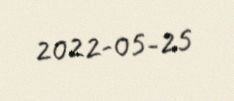
2022-05-25